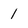
Character: 1